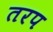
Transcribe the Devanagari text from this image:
तरप